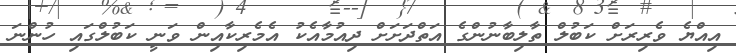
އިއްޔެ ވެރިރަށް ކަބުލް ތާލިބާނުންގެ އަތްދަށަށް ދިއުމާއެކު އެމެރިކާއިން ވަނީ ކަބުލްގައި ހުންނަ